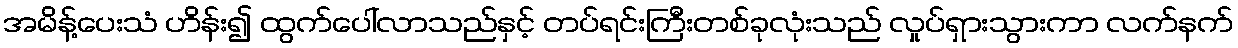
အမိန့်ပေးသံ ဟိန်း၍ ထွက်ပေါ်လာသည်နှင့် တပ်ရင်းကြီးတစ်ခုလုံးသည် လှုပ်ရှားသွားကာ လက်နက်